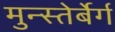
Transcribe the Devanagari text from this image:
मुन्स्तेर्बेर्ग